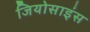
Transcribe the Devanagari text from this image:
जियोसाइंस